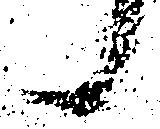
候